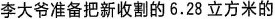
李大爷准备把新收割的6.28立方米的